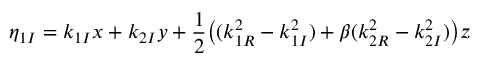
\eta _ { 1 I } = k _ { 1 I } x + k _ { 2 I } y + \frac { 1 } { 2 } \big ( ( k _ { 1 R } ^ { 2 } - k _ { 1 I } ^ { 2 } ) + \beta ( k _ { 2 R } ^ { 2 } - k _ { 2 I } ^ { 2 } ) \big ) z